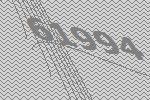
61994